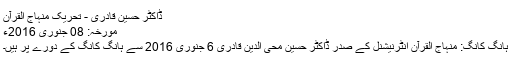
ڈاکٹر حسین قادری - تحریک منہاج القرآن
مورخہ: 08 جنوری 2016ء
ہانگ کانگ: منہاج القرآن انٹرنیشنل کے صدر ڈاکٹر حسین محی الدین قادری 6 جنوری 2016 سے ہانگ کانگ کے دورے پر ہیں۔